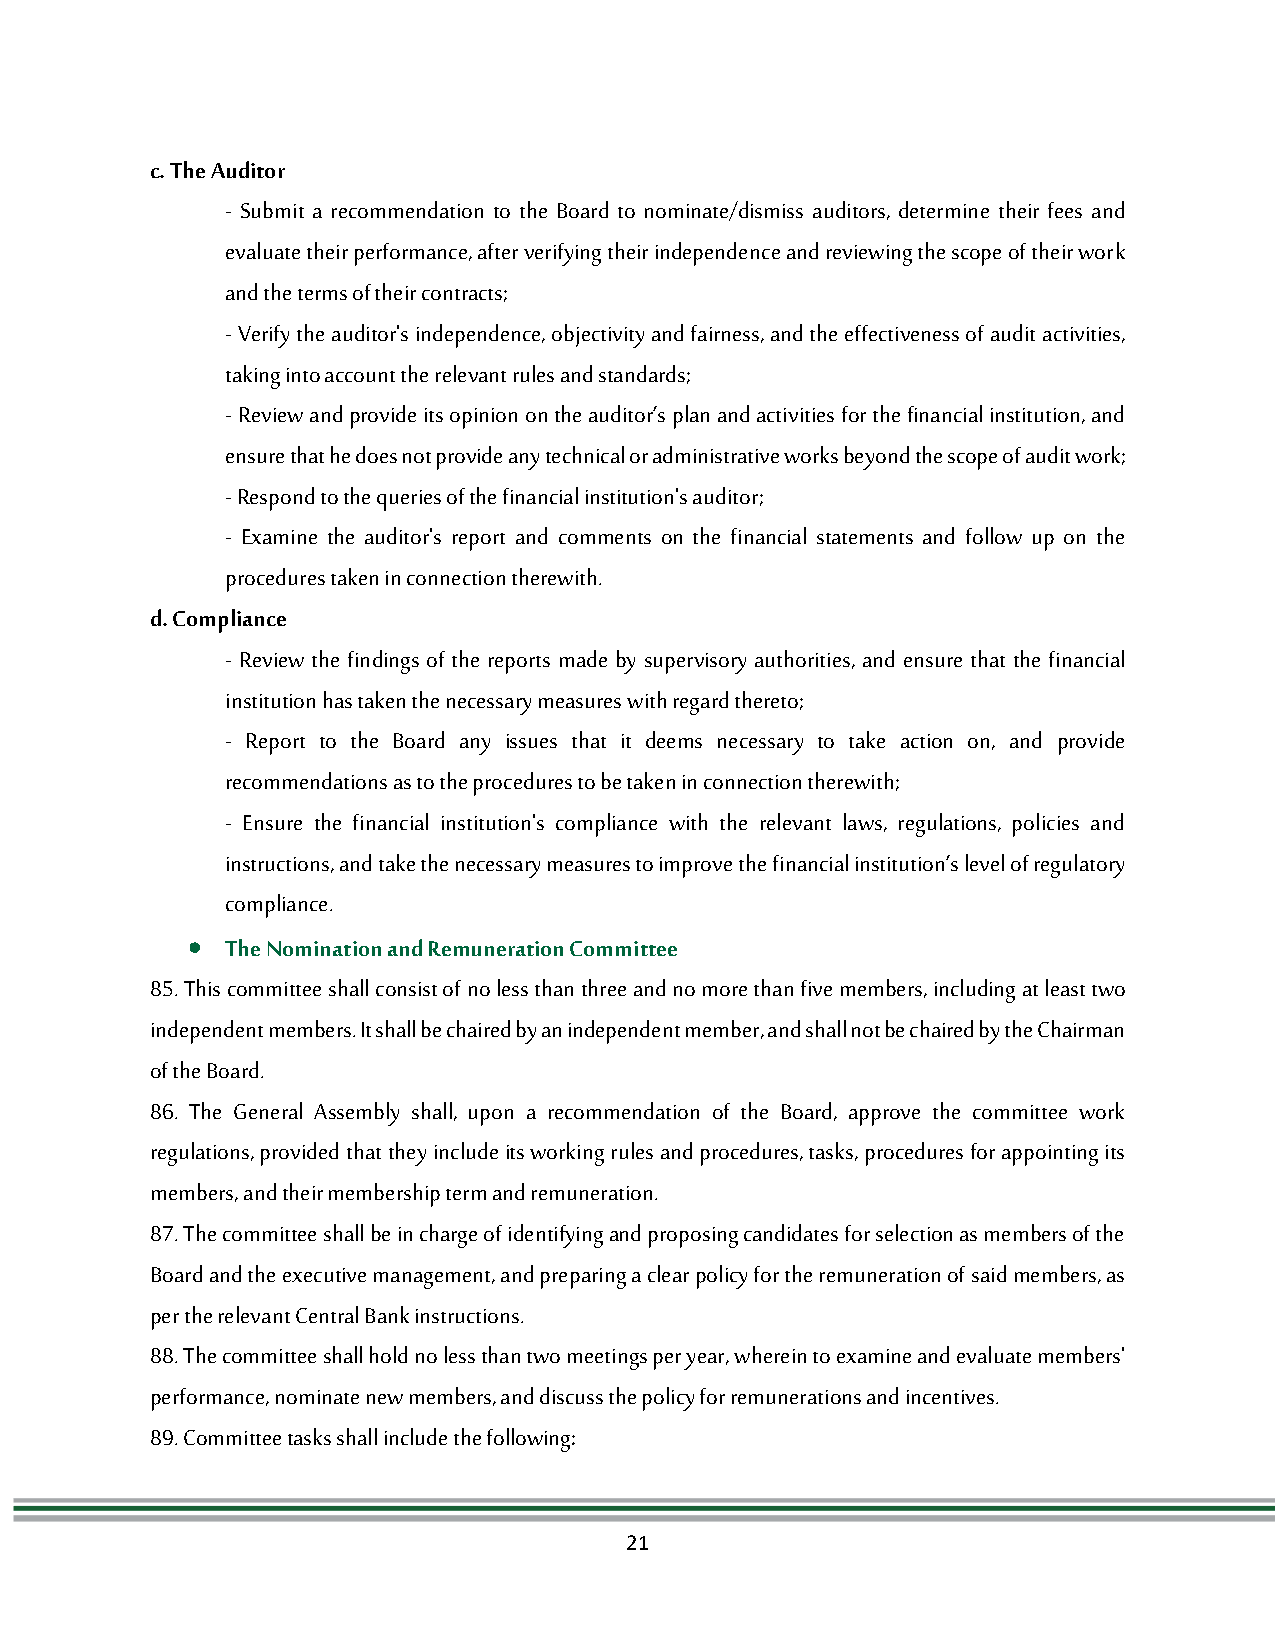
c. The Auditor
 - Submit a recommendation to the Board to nominate/dismiss auditors, determine their fees and
 evaluate their performance, after verifying their independence and reviewing the scope of their work
 and the terms of their contracts;
 - Verify the auditor's independence, objectivity and fairness, and the effectiveness of audit activities,
 taking into account the relevant rules and standards;
 - Review and provide its opinion on the auditor’s plan and activities for the financial institution, and
 ensure that he does not provide any technical or administrative works beyond the scope of audit work;
 - Respond to the queries of the financial institution's auditor;
 - Examine the auditor's report and comments on the financial statements and follow up on the
 procedures taken in connection therewith.
 d. Compliance
 - Review the findings of the reports made by supervisory authorities, and ensure that the financial
 institution has taken the necessary measures with regard thereto;
 - Report to the Board any issues that it deems necessary to take action on, and provide
 recommendations as to the procedures to be taken in connection therewith;
 - Ensure the financial institution's compliance with the relevant laws, regulations, policies and
 instructions, and take the necessary measures to improve the financial institution’s level of regulatory
 compliance.
   The Nomination and Remuneration Committee
 85. This committee shall consist of no less than three and no more than five members, including at least two
 independent members. It shall be chaired by an independent member, and shall not be chaired by the Chairman
 of the Board.
 86. The General Assembly shall, upon a recommendation of the Board, approve the committee work
 regulations, provided that they include its working rules and procedures, tasks, procedures for appointing its
 members, and their membership term and remuneration.
 87. The committee shall be in charge of identifying and proposing candidates for selection as members of the
 Board and the executive management, and preparing a clear policy for the remuneration of said members, as
 per the relevant Central Bank instructions.
 88. The committee shall hold no less than two meetings per year, wherein to examine and evaluate members'
 performance, nominate new members, and discuss the policy for remunerations and incentives.
 89. Committee tasks shall include the following:
 21